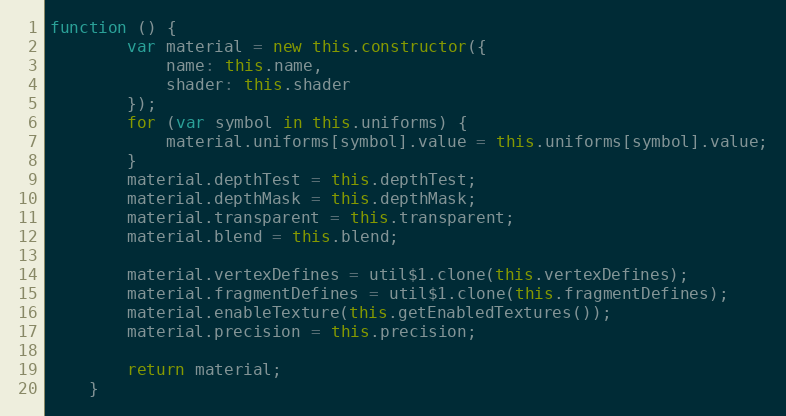
Language: JavaScript
function () {
        var material = new this.constructor({
            name: this.name,
            shader: this.shader
        });
        for (var symbol in this.uniforms) {
            material.uniforms[symbol].value = this.uniforms[symbol].value;
        }
        material.depthTest = this.depthTest;
        material.depthMask = this.depthMask;
        material.transparent = this.transparent;
        material.blend = this.blend;

        material.vertexDefines = util$1.clone(this.vertexDefines);
        material.fragmentDefines = util$1.clone(this.fragmentDefines);
        material.enableTexture(this.getEnabledTextures());
        material.precision = this.precision;

        return material;
    }